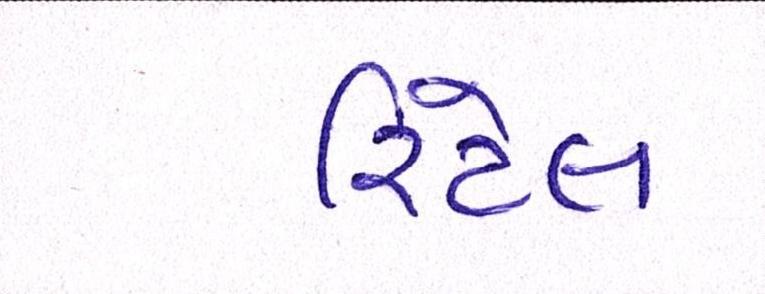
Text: રિટેલ